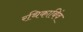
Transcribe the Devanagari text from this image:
रथिकाबिंव